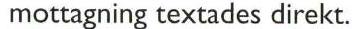
mottagning textades direkt.